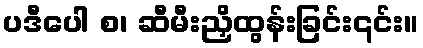
ပဒီပေါ စ၊ ဆီမီးညှိထွန်းခြင်း၎င်း။